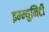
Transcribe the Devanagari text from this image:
इम्म्युनिटी